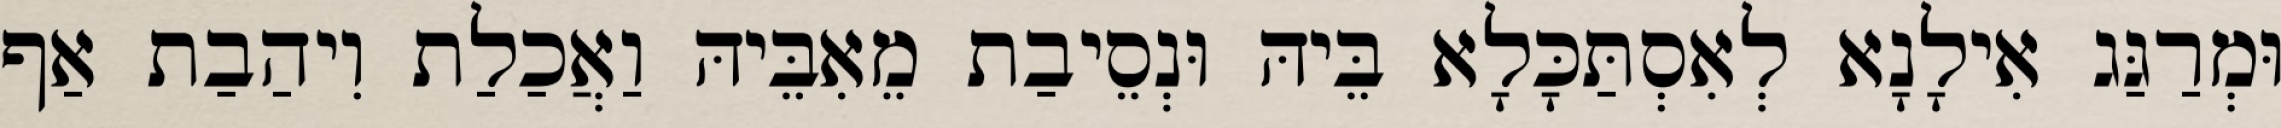
וּמְרַגַּג אִילָנָא לְאִסְתַּכָּלָא בֵּיהּ וּנְסֵיבַת מֵאִבֵּיהּ וַאֲכַלַת וִיהַבַת אַף